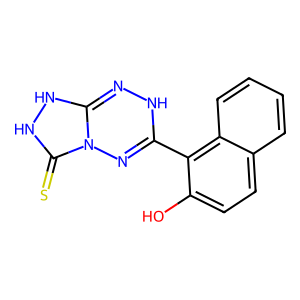
SMILES: Oc1ccc2ccccc2c1C1=NN2C(=S)NNC2=NN1
Inhibits HIV replication: No